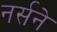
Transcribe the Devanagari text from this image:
नर्सने